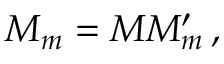
M _ { m } = M M _ { m } ^ { \prime } \, ,